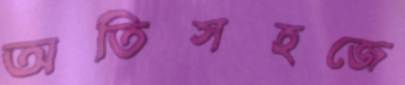
অতিসহজে